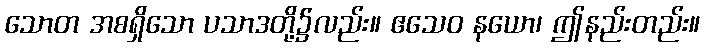
သောတ အစရှိသော ပသာဒတို့၌လည်း။ ဧသေဝ နယော၊ ဤနည်းတည်း။